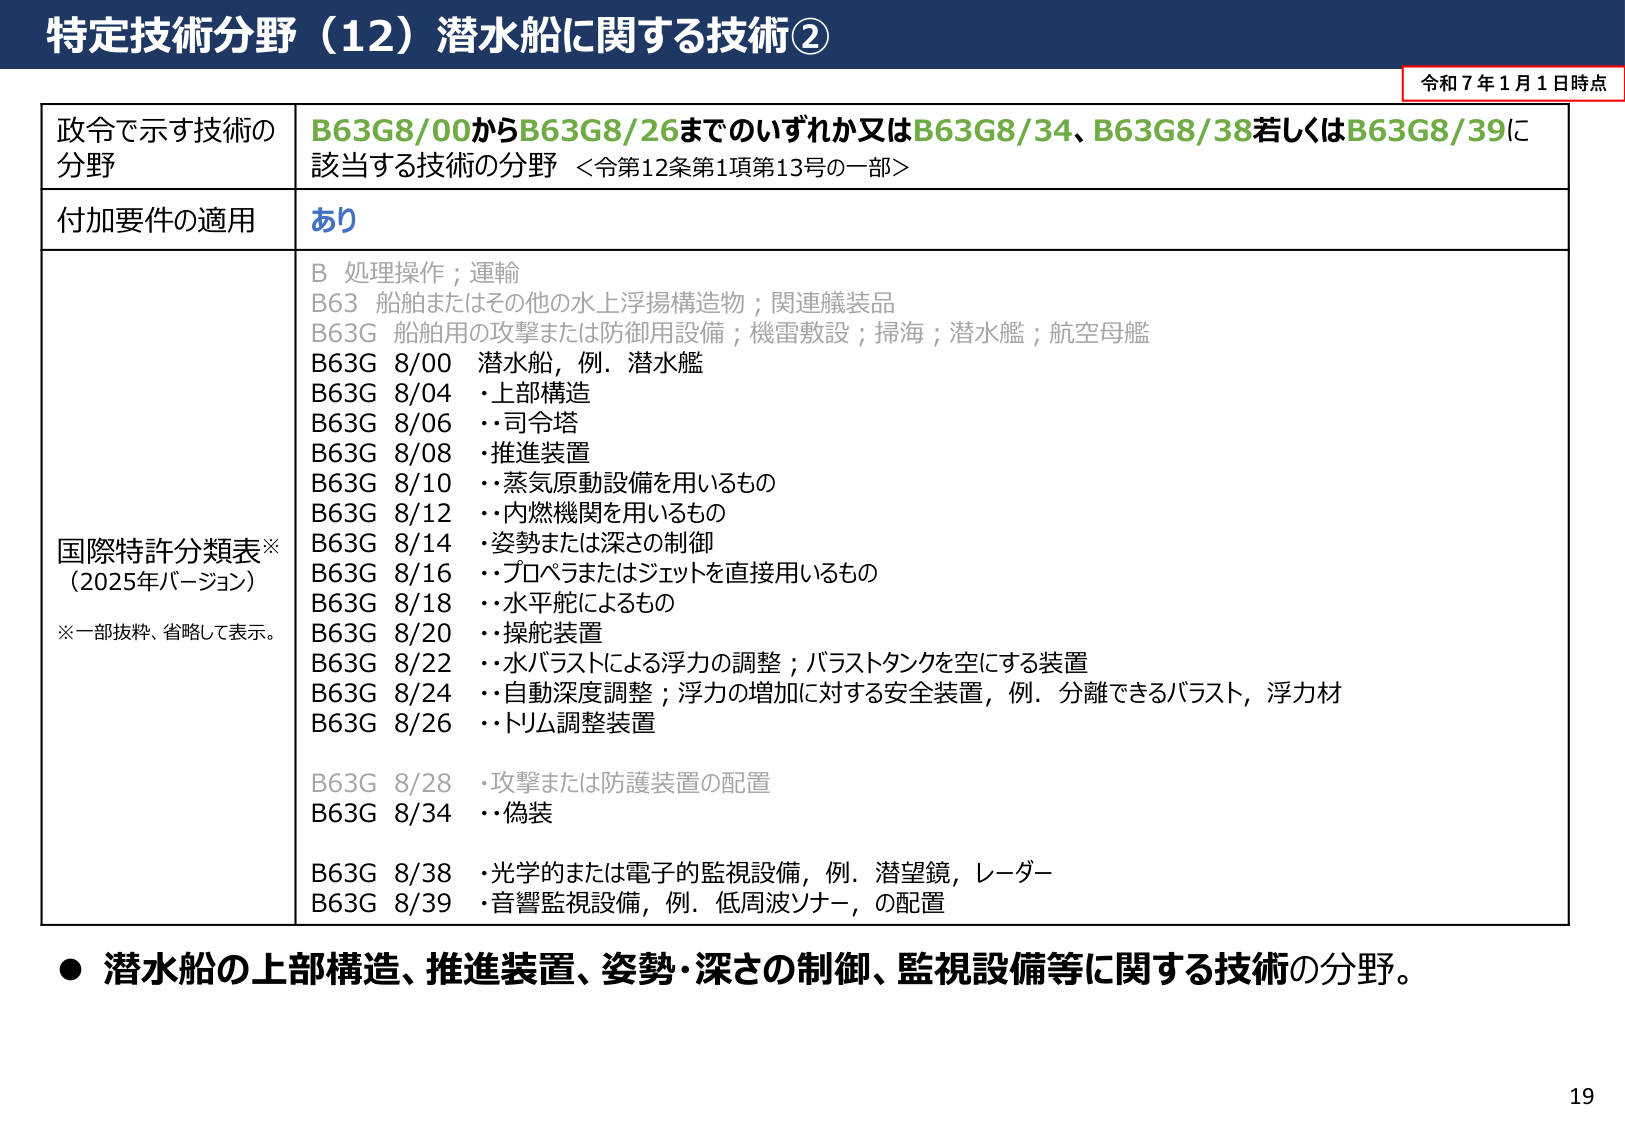
特定技術分野（12）潜水船に関する技術②

令和7年1月1日時点

政令で示す技術の分野
B63G8/00からB63G8/26までのいずれか又はB63G8/34、B63G8/38若しくはB63G8/39に該当する技術の分野 <令第12条第1項第13号の一部>

付加要件の適用
あり

国際特許分類表※
（2025年バージョン）
※一部抜粋、省略して表示。

B 処理操作；運輸
B63 船舶またはその他の水上浮揚構造物；関連艤装品
B63G 船舶用の攻撃または防御用設備；機雷敷設；掃海；潜水艦；航空母艦
B63G 8/00 潜水船，例．潜水艦
B63G 8/04 ・上部構造
B63G 8/06 ・司令塔
B63G 8/08 ・推進装置
B63G 8/10 ・蒸気原動設備を用いるもの
B63G 8/12 ・内燃機関を用いるもの
B63G 8/14 ・姿勢または深さの制御
B63G 8/16 ・プロペラまたはジェットを直接用いるもの
B63G 8/18 ・水平舵によるもの
B63G 8/20 ・操舵装置
B63G 8/22 ・水バラストによる浮力の調整；バラストタンクを空にする装置
B63G 8/24 ・自動深度調整；浮力の増加に対する安全装置，例．分離できるバラスト，浮力材
B63G 8/26 ・トリム調整装置
B63G 8/28 ・攻撃または防護装置の配置
B63G 8/34 ・偽装
B63G 8/38 ・光学的または電子的監視設備，例．潜望鏡，レーダー
B63G 8/39 ・音響監視設備，例．低周波ソナー，の配置

● 潜水船の上部構造、推進装置、姿勢・深さの制御、監視設備等に関する技術の分野。

19